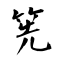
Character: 筅